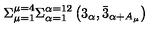
\Sigma _ { \mu = 1 } ^ { \mu = 4 } \Sigma _ { \alpha = 1 } ^ { \alpha = 1 2 } \left( 3 _ { \alpha } , \bar { 3 } _ { \alpha + A _ { \mu } } \right)